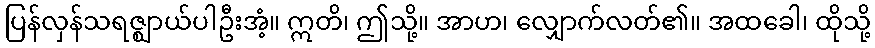
ပြန်လှန်သရဇ္ဈာယ်ပါဦးအံ့။ ဣတိ၊ ဤသို့။ အာဟ၊ လျှောက်လတ်၏။ အထခေါ၊ ထိုသို့